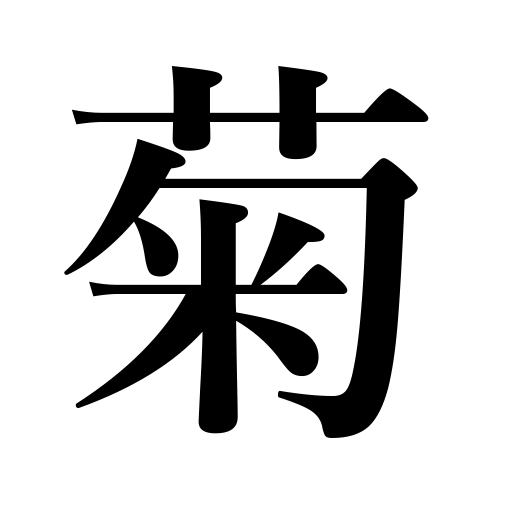
Meanings: chrysanthemum